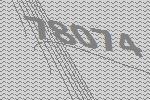
78074